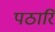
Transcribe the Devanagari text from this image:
पठारिं